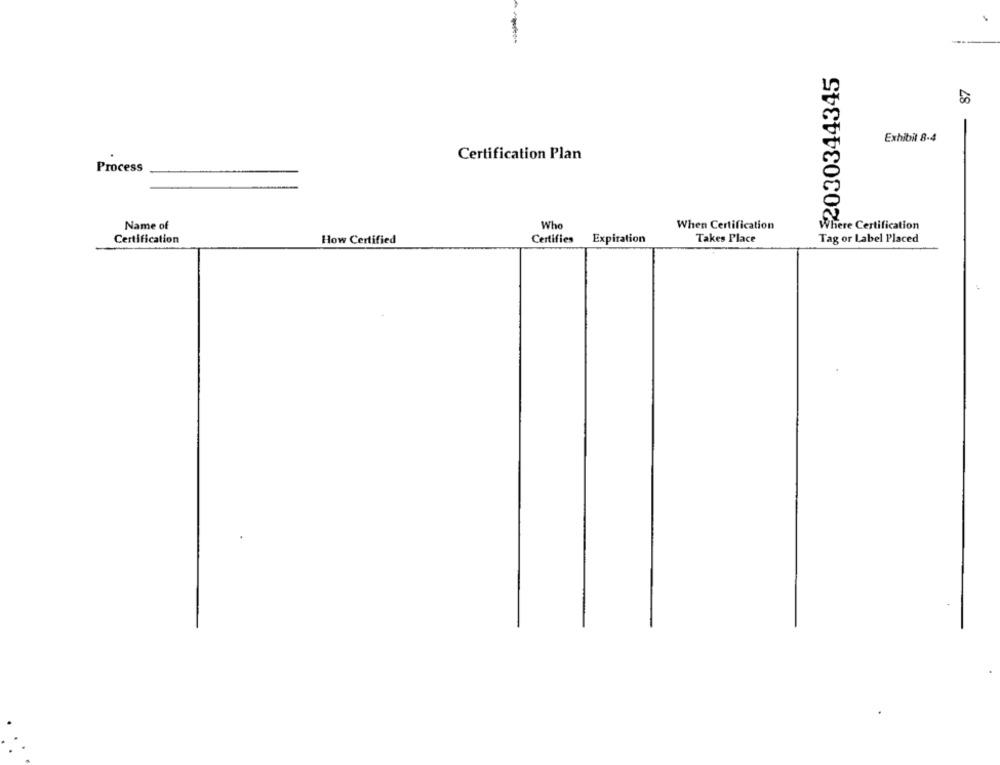
$2030344345
87
Exhibil 8-4
Certification Plan
Process
Name of
Whe
When Certification
Where Certification
Certifies
Takes Place
Certification
How Certified
Expiration
Tag or Label Placed